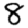
Digit: 8